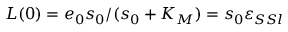
L ( 0 ) = e _ { 0 } s _ { 0 } / ( s _ { 0 } + K _ { M } ) = s _ { 0 } \varepsilon _ { S S l }